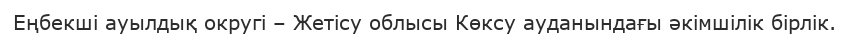
Еңбекші ауылдық округі – Жетісу облысы Көксу ауданындағы әкімшілік бірлік.